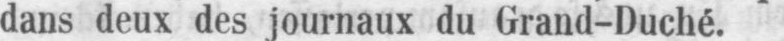
dans deux des journaux du Grand-Duché.